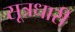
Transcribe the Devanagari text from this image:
सूत्रधारी